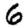
Digit: 6